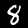
Digit: 8